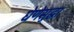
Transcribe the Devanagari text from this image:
घेणेसुद्घा